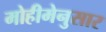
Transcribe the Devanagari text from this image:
मोहीमेनुसार